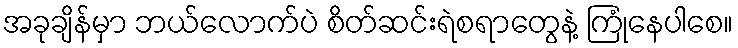
အခုချိန်မှာ ဘယ်လောက်ပဲ စိတ်ဆင်းရဲစရာတွေနဲ့ ကြုံနေပါစေ။